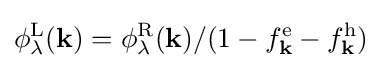
\phi _{\lambda }^{\mathrm {L} }(\mathbf {k} )=\phi _{\lambda }^{\mathrm {R} }(\mathbf {k} )/(1-f_{\mathbf {k} }^{\mathrm {e} }-f_{\mathbf {k} }^{\mathrm {h} })